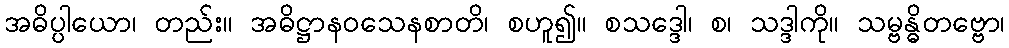
အဓိပ္ပါယော၊ တည်း။ အဓိဋ္ဌာနဝသေနစာတိ၊ စဟူ၍။ စသဒ္ဒေါ၊ စ၊ သဒ္ဒါကို။ သမ္ဗန္ဓိတဗ္ဗော၊